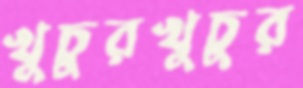
খুচুরখুচুর